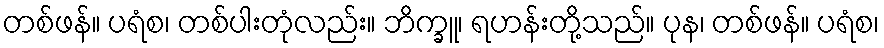
တစ်ဖန်။ ပရံစ၊ တစ်ပါးတုံလည်း။ ဘိက္ခူ၊ ရဟန်းတို့သည်။ ပုန၊ တစ်ဖန်။ ပရံစ၊